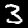
Label: 3